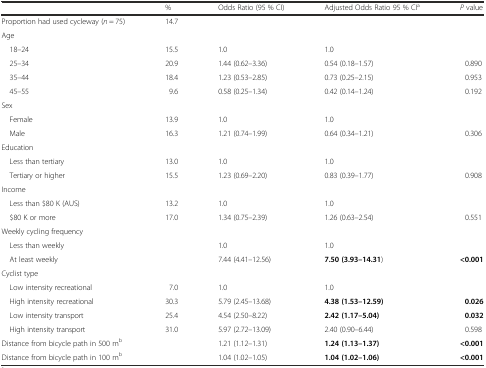
<table><thead><tr><td></td><td><b>%</b></td><td><b>Odds Ratio (95 % CI)</b></td><td><b>Adjusted Odds Ratio 95 % CI<sup>a</sup></b></td><td><b><i>P</i> value</b></td></tr></thead><tbody><tr><td>Proportion had used cycleway (<i>n</i> = 75)</td><td>14.7</td><td></td><td></td><td></td></tr><tr><td colspan="5">Age</td></tr><tr><td> 18–24</td><td>15.5</td><td>1.0</td><td>1.0</td><td></td></tr><tr><td> 25–34</td><td>20.9</td><td>1.44 (0.62–3.36)</td><td>0.54 (0.18–1.57)</td><td>0.890</td></tr><tr><td> 35–44</td><td>18.4</td><td>1.23 (0.53–2.85)</td><td>0.73 (0.25–2.15)</td><td>0.953</td></tr><tr><td> 45–55</td><td>9.6</td><td>0.58 (0.25–1.34)</td><td>0.42 (0.14–1.24)</td><td>0.192</td></tr><tr><td colspan="5">Sex</td></tr><tr><td> Female</td><td>13.9</td><td>1.0</td><td>1.0</td><td></td></tr><tr><td> Male</td><td>16.3</td><td>1.21 (0.74–1.99)</td><td>0.64 (0.34–1.21)</td><td>0.306</td></tr><tr><td colspan="5">Education</td></tr><tr><td> Less than tertiary</td><td>13.0</td><td>1.0</td><td>1.0</td><td></td></tr><tr><td> Tertiary or higher</td><td>15.5</td><td>1.23 (0.69–2.20)</td><td>0.83 (0.39–1.77)</td><td>0.908</td></tr><tr><td colspan="5">Income</td></tr><tr><td> Less than $80 K (AUS)</td><td>13.2</td><td>1.0</td><td>1.0</td><td></td></tr><tr><td> $80 K or more</td><td>17.0</td><td>1.34 (0.75–2.39)</td><td>1.26 (0.63–2.54)</td><td>0.551</td></tr><tr><td colspan="5">Weekly cycling frequency</td></tr><tr><td> Less than weekly</td><td></td><td>1.0</td><td>1.0</td><td></td></tr><tr><td> At least weekly</td><td></td><td>7.44 (4.41–12.56)</td><td><b>7.50 (3.93–14.31</b>)</td><td><b>&lt;0.001</b></td></tr><tr><td colspan="5">Cyclist type</td></tr><tr><td> Low intensity recreational</td><td>7.0</td><td>1.0</td><td>1.0</td><td></td></tr><tr><td> High intensity recreational</td><td>30.3</td><td>5.79 (2.45–13.68)</td><td><b>4.38 (1.53–12.59)</b></td><td><b>0.026</b></td></tr><tr><td> Low intensity transport</td><td>25.4</td><td>4.54 (2.50–8.22)</td><td><b>2.42 (1.17–5.04)</b></td><td><b>0.032</b></td></tr><tr><td> High intensity transport</td><td>31.0</td><td>5.97 (2.72–13.09)</td><td>2.40 (0.90–6.44)</td><td>0.598</td></tr><tr><td>Distance from bicycle path in 500 m<sup>b</sup></td><td></td><td>1.21 (1.12–1.31)</td><td><b>1.24 (1.13–1.37)</b></td><td><b>&lt;0.001</b></td></tr><tr><td>Distance from bicycle path in 100 m<sup>b</sup></td><td></td><td>1.04 (1.02–1.05)</td><td><b>1.04 (1.02–1.06)</b></td><td><b>&lt;0.001</b></td></tr></tbody></table>